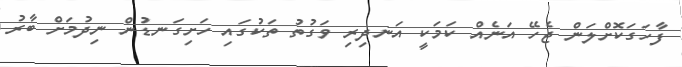
ފާހަގަކޮށްލަން ޖެހޭ އަނެއް ކަމަކީ އަނދިރި ވަގުތު ތަކުގައި ހަށިގަނޑުން ނިދުމަށް ބާރު